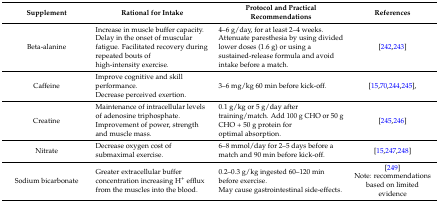
<table><thead><tr><td><b>Supplement</b></td><td><b>Rational for Intake</b></td><td><b>Protocol and Practical Recommendations</b></td><td><b>References</b></td></tr></thead><tbody><tr><td>Beta-alanine</td><td>Increase in muscle buffer capacity. Delay in the onset of muscular fatigue. Facilitated recovery during repeated bouts of high-intensity exercise.</td><td>4–6 g/day, for at least 2–4 weeks. Attenuate paresthesia by using divided lower doses (1.6 g) or using a sustained-release formula and avoid intake before a match.</td><td>[242,243]</td></tr><tr><td>Caffeine</td><td>Improve cognitive and skill performance.Decrease perceived exertion.</td><td>3–6 mg/kg 60 min before kick-off.</td><td>[15,70,244,245],</td></tr><tr><td>Creatine</td><td>Maintenance of intracellular levels of adenosine triphosphate. Improvement of power, strength and muscle mass.</td><td>0.1 g/kg or 5 g/day after training/match. Add 100 g CHO or 50 g CHO + 50 g protein for optimal absorption.</td><td>[245,246]</td></tr><tr><td>Nitrate</td><td>Decrease oxygen cost of submaximal exercise.</td><td>6–8 mmol/day for 2–5 days before a match and 90 min before kick-off.</td><td>[15,247,248] </td></tr><tr><td>Sodium bicarbonate</td><td>Greater extracellular buffer concentration increasing H<sup>+</sup> efflux from the muscles into the blood.</td><td>0.2–0.3 g/kg ingested 60–120 min before exercise.May cause gastrointestinal side-effects.</td><td>[249]Note: recommendations based on limited evidence</td></tr></tbody></table>